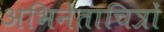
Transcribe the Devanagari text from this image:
अभिनेताचित्रों